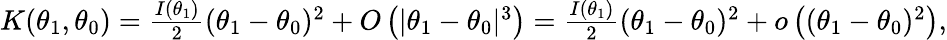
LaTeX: \begin{array}{r}{K(\theta_{1},\theta_{0})=\frac{I(\theta_{1})}{2}(\theta_{1}-\theta_{0})^{2}+O\left(|\theta_{1}-\theta_{0}|^{3}\right)=\frac{I(\theta_{1})}{2}(\theta_{1}-\theta_{0})^{2}+o\left((\theta_{1}-\theta_{0})^{2}\right),}\end{array}